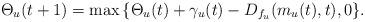
LaTeX: \begin{align*}\Theta_u(t+1) = \max{\{\Theta_u(t)+\gamma_u(t)-D_{f_u}(m_u(t),t),0 \}}. \end{align*}